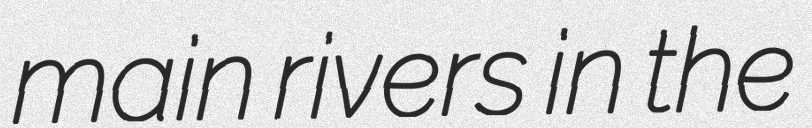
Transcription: main rivers in the